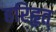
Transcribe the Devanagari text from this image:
हरिहृत्